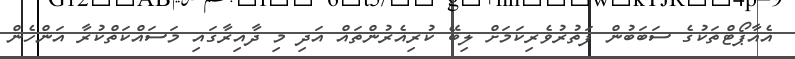
އެއާޕޯޓްތަކުގެ ސަބަބުން ފަތުރުވެރިކަމަށް ލިބޭ ކުރިއެރުންތައް އަދި މި ދާއިރާގައި މަސައްކަތްކުރާ އަންހެން